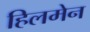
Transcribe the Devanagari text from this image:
हिलमेन